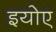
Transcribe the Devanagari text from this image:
इयोए